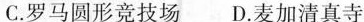
C.罗马圆形竞技场D.麦加清真寺